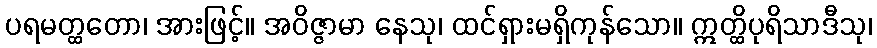
ပရမတ္ထတော၊ အားဖြင့်။ အဝိဇ္ဇာမာ နေသု၊ ထင်ရှားမရှိကုန်သော။ ဣတ္ထိပုရိသာဒီသု၊